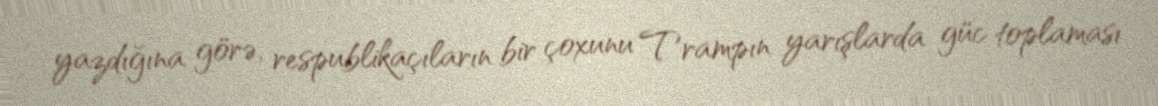
yazdığına görə, respublikaçıların bir çoxunu Trampın yarışlarda güc toplaması